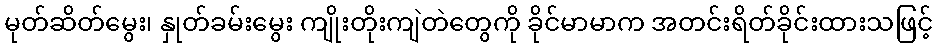
မုတ်ဆိတ်မွေး၊ နှုတ်ခမ်းမွေး ကျိုးတိုးကျဲတဲတွေကို ခိုင်မာမာက အတင်းရိတ်ခိုင်းထားသဖြင့်